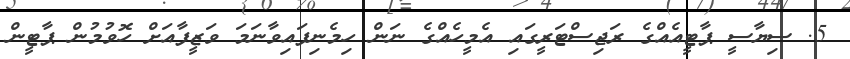
5. ސިޔާސީ ޕާޓީއެއްގެ ރަޖިސްޓަރީގައި އެމީހެއްގެ ނަން ހިމެނިފައިވާނަމަ ވަޒީފާއަށް ހޮވުމުން ޕާޓީން